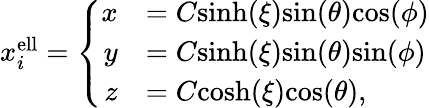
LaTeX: \begin{array}{r}{x_{i}^{\mathrm{ell}}=\left\{ \begin{array}{rl}{x}&{=C\mathrm{sinh}(\xi)\mathrm{sin}(\theta)\mathrm{cos}(\phi)}\\ {y}&{=C\mathrm{sinh}(\xi)\mathrm{sin}(\theta)\mathrm{sin}(\phi)}\\ {z}&{=C\mathrm{cosh}(\xi)\mathrm{cos}(\theta),}\end{array}\right.}\end{array}